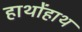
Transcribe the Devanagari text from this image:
हाथोंहाथ